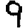
Digit: 9